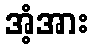
အံ့အား